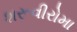
શરૂવીરોમા